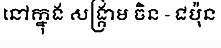
នៅក្នុង សង្គ្រាម ចិន - ជប៉ុន